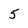
Character: 5